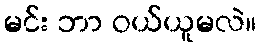
မင်း ဘာ ဝယ်ယူမလဲ။